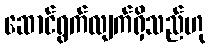
ဆောင်ရွက်လျက်ရှိသည်ဟု